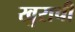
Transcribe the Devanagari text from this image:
खुराची